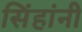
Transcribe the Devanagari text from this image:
सिंहांनी